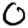
Digit: 0